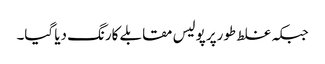
جبکہ غلط طورپر پولیس مقابلے کارنگ دیا گیا۔